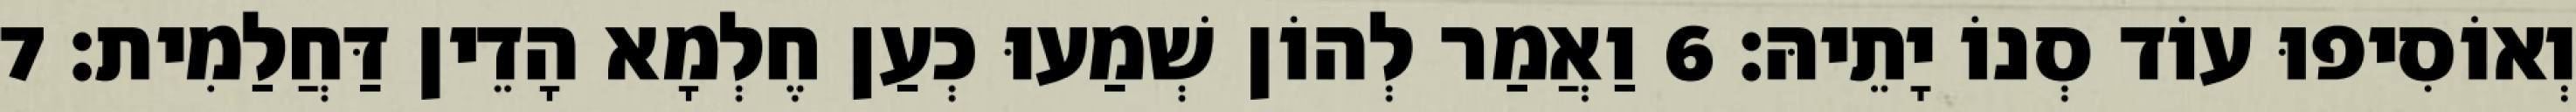
וְאוֹסִיפוּ עוֹד סְנוֹ יָתֵיהּ׃ 6 וַאֲמַר לְהוֹן שְׁמַעוּ כְעַן חֶלְמָא הָדֵין דַּחֲלַמִית׃ 7